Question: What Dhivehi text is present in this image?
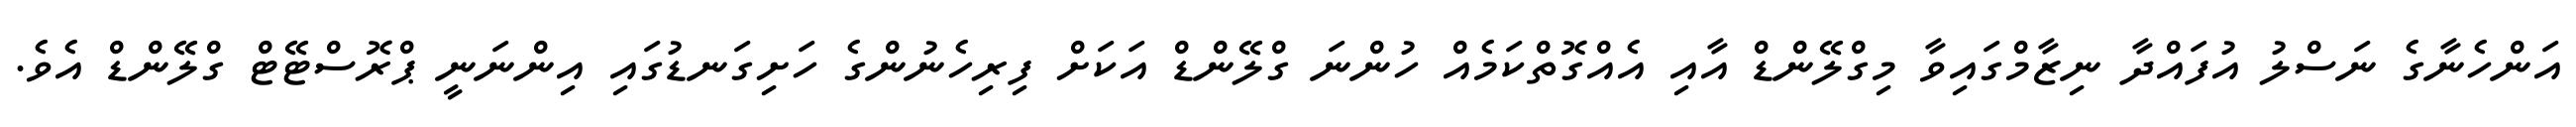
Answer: އަންހެނާގެ ނަސްލު އުފައްދާ ނިޒާމްގައިވާ މިގްލޭންޑް އާއި އެއްގޮތްކަމެއް ހުންނަ ގްލޭންޑް އަކަށް ފިރިހެނުންގެ ހަށިގަނޑުގައި އިންނަނީ ޕްރޮސްޓޭޓް ގްލޭންޑް އެވެ.